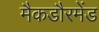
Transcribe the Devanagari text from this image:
मैकडौरमेंड